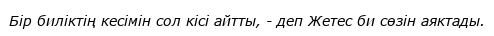
Бір биліктің кесімін сол кісі айтты, - деп Жетес би сөзін аяктады.